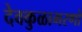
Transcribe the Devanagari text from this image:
देवकुळाभरणो